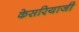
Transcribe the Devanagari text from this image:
केसरियाजी